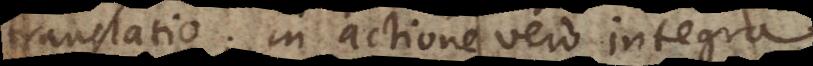
translatio; in actione vero integra